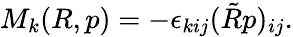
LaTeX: \begin{array}{r}{M_{k}(R,p)=-\epsilon_{kij}(\tilde{R}p)_{ij}.}\end{array}